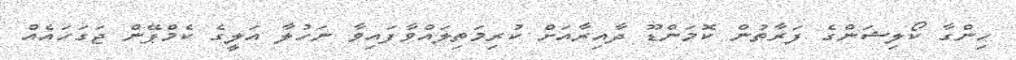
ހިންގާ ކޯލިޝަންގެ ފަރާތުން ކޮމަންޑޫ ދާއިރާއަށް ކުރިމަތިލައްވާފައިވާ ނަހުލާ އަލީގެ ކެމްޕޭން ޖަގަހައެއް